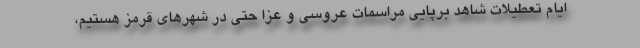
ایام تعطیلات شاهد برپایی مراسمات عروسی و عزا حتی در شهرهای قرمز هستیم،